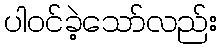
ပါဝင်ခဲ့သော်လည်း